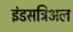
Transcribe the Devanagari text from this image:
इंडसट्रिअल